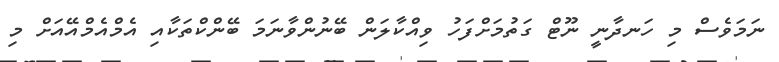
ނަމަވެސް މި ހަނދާނީ ނޫޓް ގަތުމަށްފަހު ވިއްކާލަން ބޭނުންވާނަމަ ބޭންކްތަކާއި އެމްއެމްއޭއަށް މި